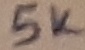
Text: 5K